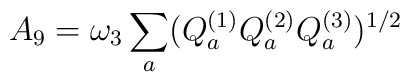
A_{9}= \omega _{3}\sum _{a} (Q^{(1)}_{a} Q^{(2)}_{a}Q^{(3)}_{a})^{1/2}